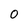
Character: 0